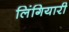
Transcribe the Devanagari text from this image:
लिंगियारी